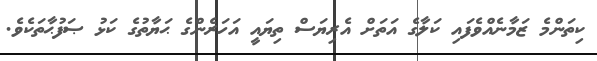
ކިތަންމެ ޒަމާނެއްވެފައި ކަލާގެ އަތަށް އެރިޔަސް ތިޔައީ އަހަރެންގެ ޙަޔާތުގެ ކަޅު ޞަފުޙާތަކެވެ.